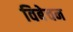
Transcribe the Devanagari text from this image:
विबेचन